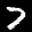
Label: 7